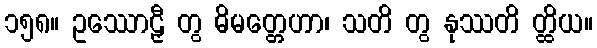
၁၅၈။ ဥဿောဠှီ တွ ဓိမတ္တေဟာ၊ သတိ တွ နုဿတိ တ္ထိယ။